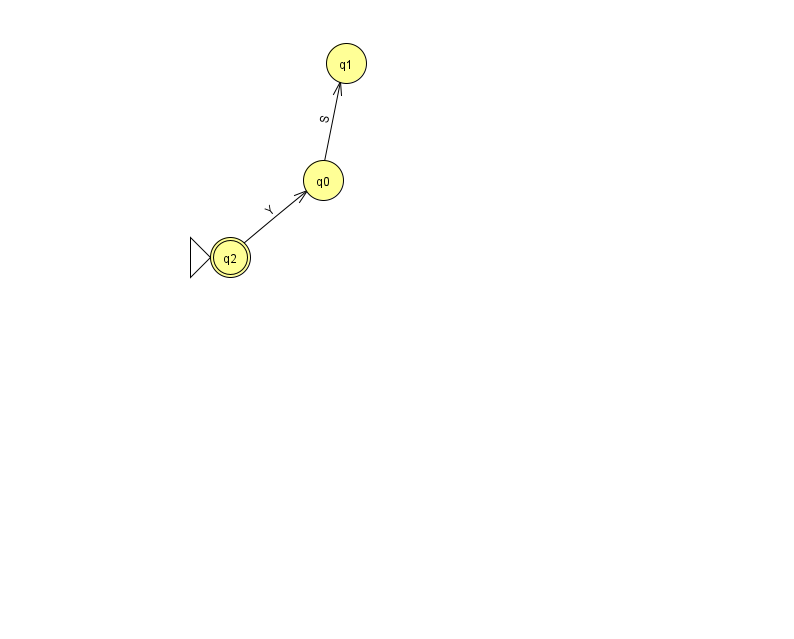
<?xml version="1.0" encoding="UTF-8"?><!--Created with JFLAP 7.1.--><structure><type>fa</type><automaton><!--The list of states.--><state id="0" name="q0"><x>323.0</x><y>167.0</y></state><state id="1" name="q1"><x>346.0</x><y>50.0</y></state><state id="2" name="q2"><x>230.0</x><y>244.0</y><initial/><final/></state><!--The list of transitions.--><transition><from>0</from><to>1</to><read>S</read></transition><transition><from>2</from><to>0</to><read>Y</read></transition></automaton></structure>